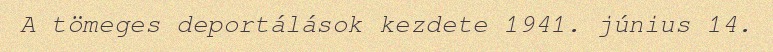
A tömeges deportálások kezdete 1941. június 14.